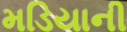
મડિયાની